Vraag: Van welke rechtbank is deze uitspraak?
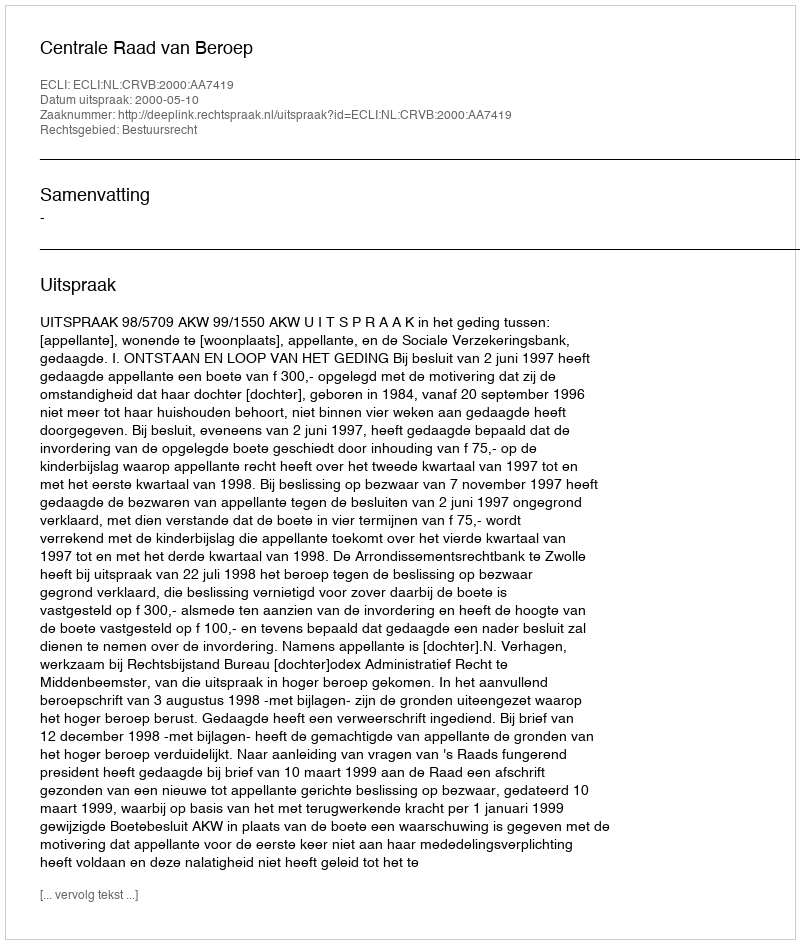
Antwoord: Centrale Raad van Beroep